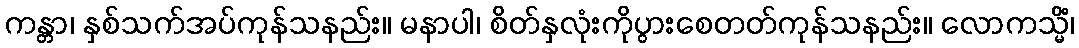
ကန္တာ၊ နှစ်သက်အပ်ကုန်သနည်း။ မနာပါ၊ စိတ်နှလုံးကိုပွားစေတတ်ကုန်သနည်း။ လောကသ္မိံ၊